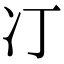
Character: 㓅